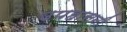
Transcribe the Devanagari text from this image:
उपहासनी